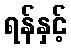
ရန်နှင့်